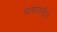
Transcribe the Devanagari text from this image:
पाषाणतील